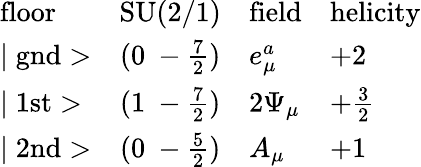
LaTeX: \begin{array}{lcll}{{\mathrm{floor}}}&{{\mathrm{SU(2/1)}}}&{{\mathrm{field}}}&{{\mathrm{helicity}}}\\ {{\mid\mathrm{gnd}>}}&{{(0~-\frac{7}{2})}}&{{e_{\mu}^{a}}}&{{+2}}\\ {{\mid\mathrm{1st}>}}&{{(1~-\frac{7}{2})}}&{{2\Psi_{\mu}}}&{{+\frac{3}{2}}}\\ {{\mid\mathrm{2nd}>}}&{{(0~-\frac{5}{2})}}&{{A_{\mu}}}&{{+1}}\end{array}